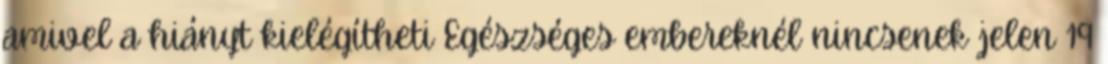
amivel a hiányt kielégítheti Egészséges embereknél nincsenek jelen 19